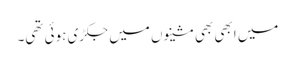
میں ابھی بھی مشینوں میں جکڑی ہوئی تھی۔